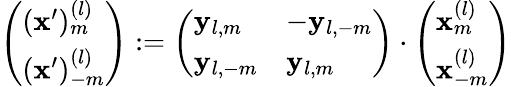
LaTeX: \left(\begin{array}{l}{(\mathbf{x}^{\prime})_{m}^{(l)}}\\ {(\mathbf{x}^{\prime})_{-m}^{(l)}}\end{array}\right):=\left(\begin{array}{ll}{\mathbf{y}_{l,m}}&{-\mathbf{y}_{l,-m}}\\ {\mathbf{y}_{l,-m}}&{\mathbf{y}_{l,m}}\end{array}\right)\cdot\left(\begin{array}{l}{\mathbf{x}_{m}^{(l)}}\\ {\mathbf{x}_{-m}^{(l)}}\end{array}\right)